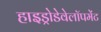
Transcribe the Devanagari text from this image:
हाइड्रोडेवेलॉपमेंट